Reports on dispensaries and lunatic asylums in the Province of Oudh - 1869-1876
Year: 1869
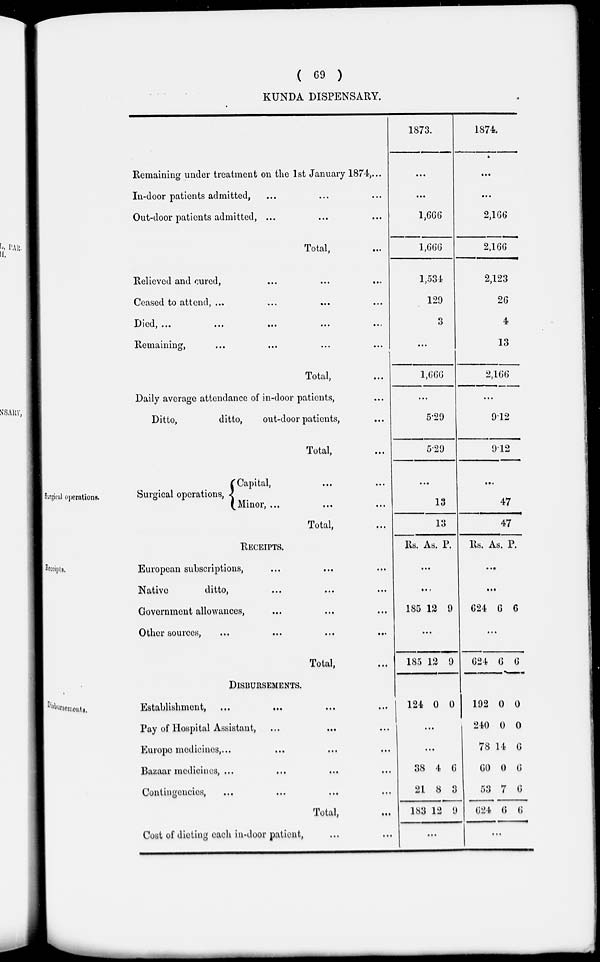
( 69 )
KUNDA DISPENSARY.
Remaining under treatment on the 1st January 1874, ...
In-door patients admitted, ... ... ...
Out-door patients admitted, ... ... ...
Total, ...
Relieved and cured, ... ... ...
Ceased to attend, ... ... ... ...
Died,
...
...
...
...
...
Remaining, ... ... ... ...
Total, ...
Daily average attendance of in-door patients, ...
Ditto,
ditto,
out-door patients, ...
Total, ...
1873.
...
...
1,666
1,666
1,534
129
3
...
1,666
...
5.29
5.29
1874.
...
...
2,166
2,166
2,123
26
4
13
2,166
...
9.12
9.12
Surgical operations.
Surgical operations,
Capital, ... ...
Minor, ... ... ...
Total, ...
...
13
13
...
47
47
Receipts.
RECEIPTS.
European subscriptions, ... ... ...
Native
ditto, ... ... ...
Government allowances, ... ... ...
Other sources,
...
...
...
...
Total, ...
Rs. As. P.
...
...
185 12 9
...
185 12 9
Rs. As. P.
..
...
624 6 6
...
624 6 6
Disbursements.
DISBURSEMENTS.
Establishment, ... ... ... ...
Pay of Hospital Assistant, ... ... ...
Europe medicines,... ... ... ...
Bazaar medicines, ... ... ... ...
Contingencies, ... ... ... ...
Total, ...
Cost of dieting each in-door patient, ... ...
124 0 0
...
...
38
21
183
4
8
12
6
3
9
...
192
240
78
60
53
624
0
0
14
0
7
6
0
0
6
6
6
6
...